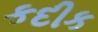
કદીક